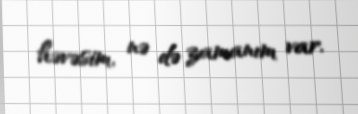
həvəsim, nə də zamanım var.